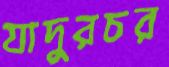
যাদুরচর